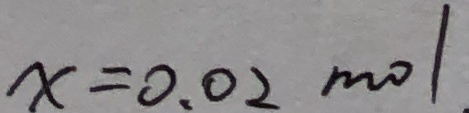
x = 0 . 0 2 m o l